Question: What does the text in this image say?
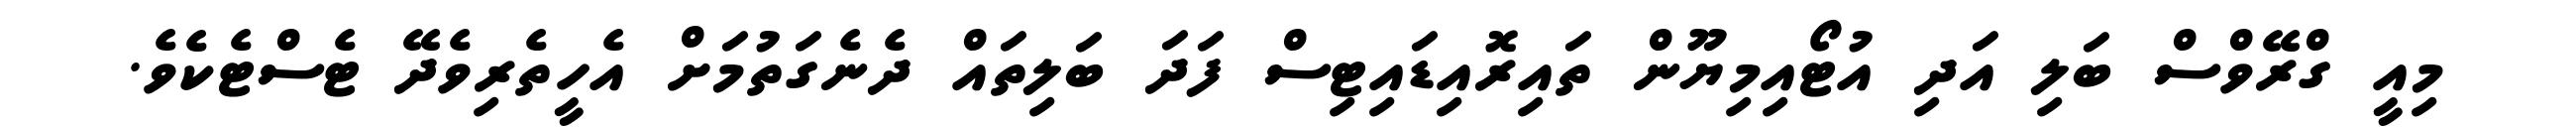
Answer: މިއީ ގްރޭވްސް ބަލި އަދި އުޓޯއިމިޔޫން ތައިރޮއިޑައިޓިސް ފަދަ ބަލިތައް ދެނެގަތުމަށް އެހީތެރިވެދޭ ޓެސްޓެކެވެ.